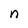
Character: n